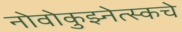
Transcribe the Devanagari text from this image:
नोवोकुझ्नेत्स्कचे